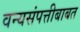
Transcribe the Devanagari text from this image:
वन्यसंपत्तीबाबत